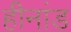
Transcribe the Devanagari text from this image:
हीनांड